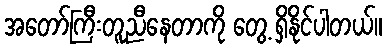
အတော်ကြီးတူညီနေတာကို တွေ့ ရှိနိုင်ပါတယ်။